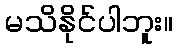
မသိနိုင်ပါဘူး။